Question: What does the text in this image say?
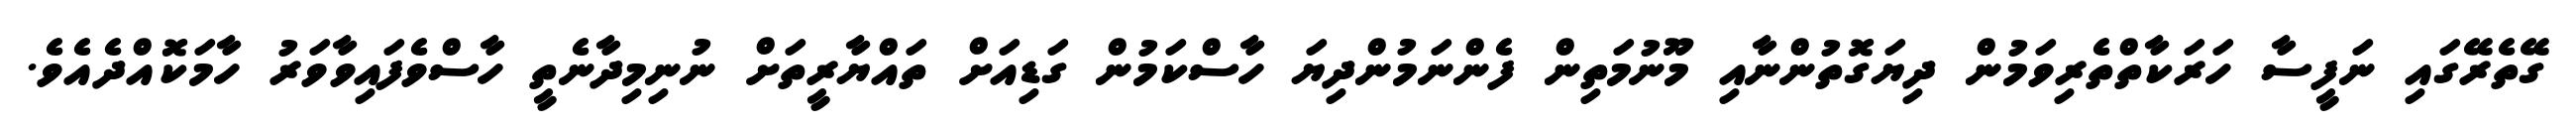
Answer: ގޭތެރޭގައި ނަފީސާ ހަރަކާތްތެރިވަމުން ދިޔަގޮތުންނާއި މޫނުމަތިން ފެންނަމުންދިޔަ ހާސްކަމުން ގަޑިއަށް ތައްޔާރީތަށް ނުނިމިދާނެތީ ހާސްވެފައިވާވަރު ހާމަކޮއްދެއެވެ.